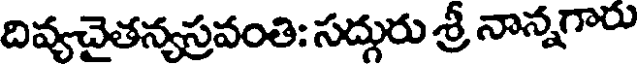
దివ్యచైతన్యస్రవంతి: సద్గురు శ్రీ నాన్నగారు